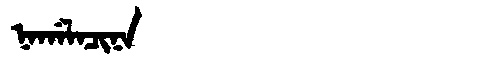
Manchu: ᠨᠠᡤᠠᠯᠠᠴᡳᠨᠠ
Romanization: NAGALACINA